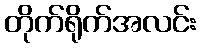
တိုက်ရိုက်အလင်း